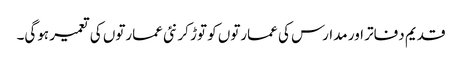
قدیم دفاتر اور مدارس کی عمارتوں کو توڑ کر نئی عمارتوں کی تعمیر ہوگی۔